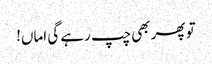
تو پھر بھی چپ رہے گی اماں!